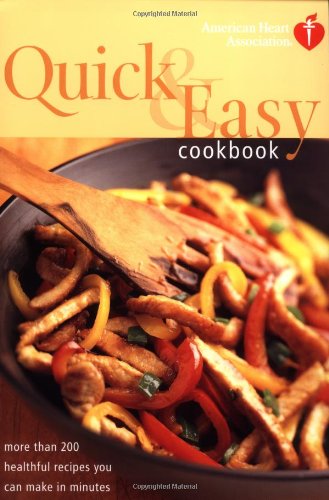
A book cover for American Heart Association Quick & Easy Cookbook: More Than 200 Healthful Recipes You Can Make in Minutes; American Heart Association; Health, Fitness & Dieting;